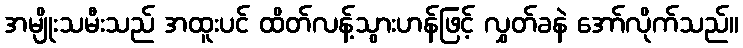
အမျိုးသမီးသည် အထူးပင် ထိတ်လန့်သွားဟန်ဖြင့် လွှတ်ခနဲ အော်လိုက်သည်။